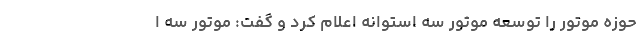
حوزه موتور را توسعه موتور سه‌ استوانه اعلام کرد و گفت: موتور سه ا